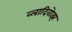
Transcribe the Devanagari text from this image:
व्लादिवोझ